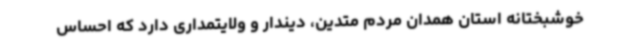
خوشبختانه استان همدان مردم متدین، دیندار و ولایتمداری دارد که احساس